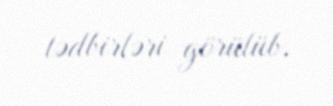
tədbirləri görülüb.